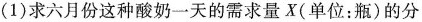
(1)求六月份这种酸奶一天的需求量X(单位：瓶)的分